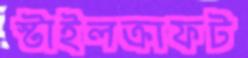
স্টাইলক্রাফট